Eesti_Ajutine_Maanoukogu, lk 8
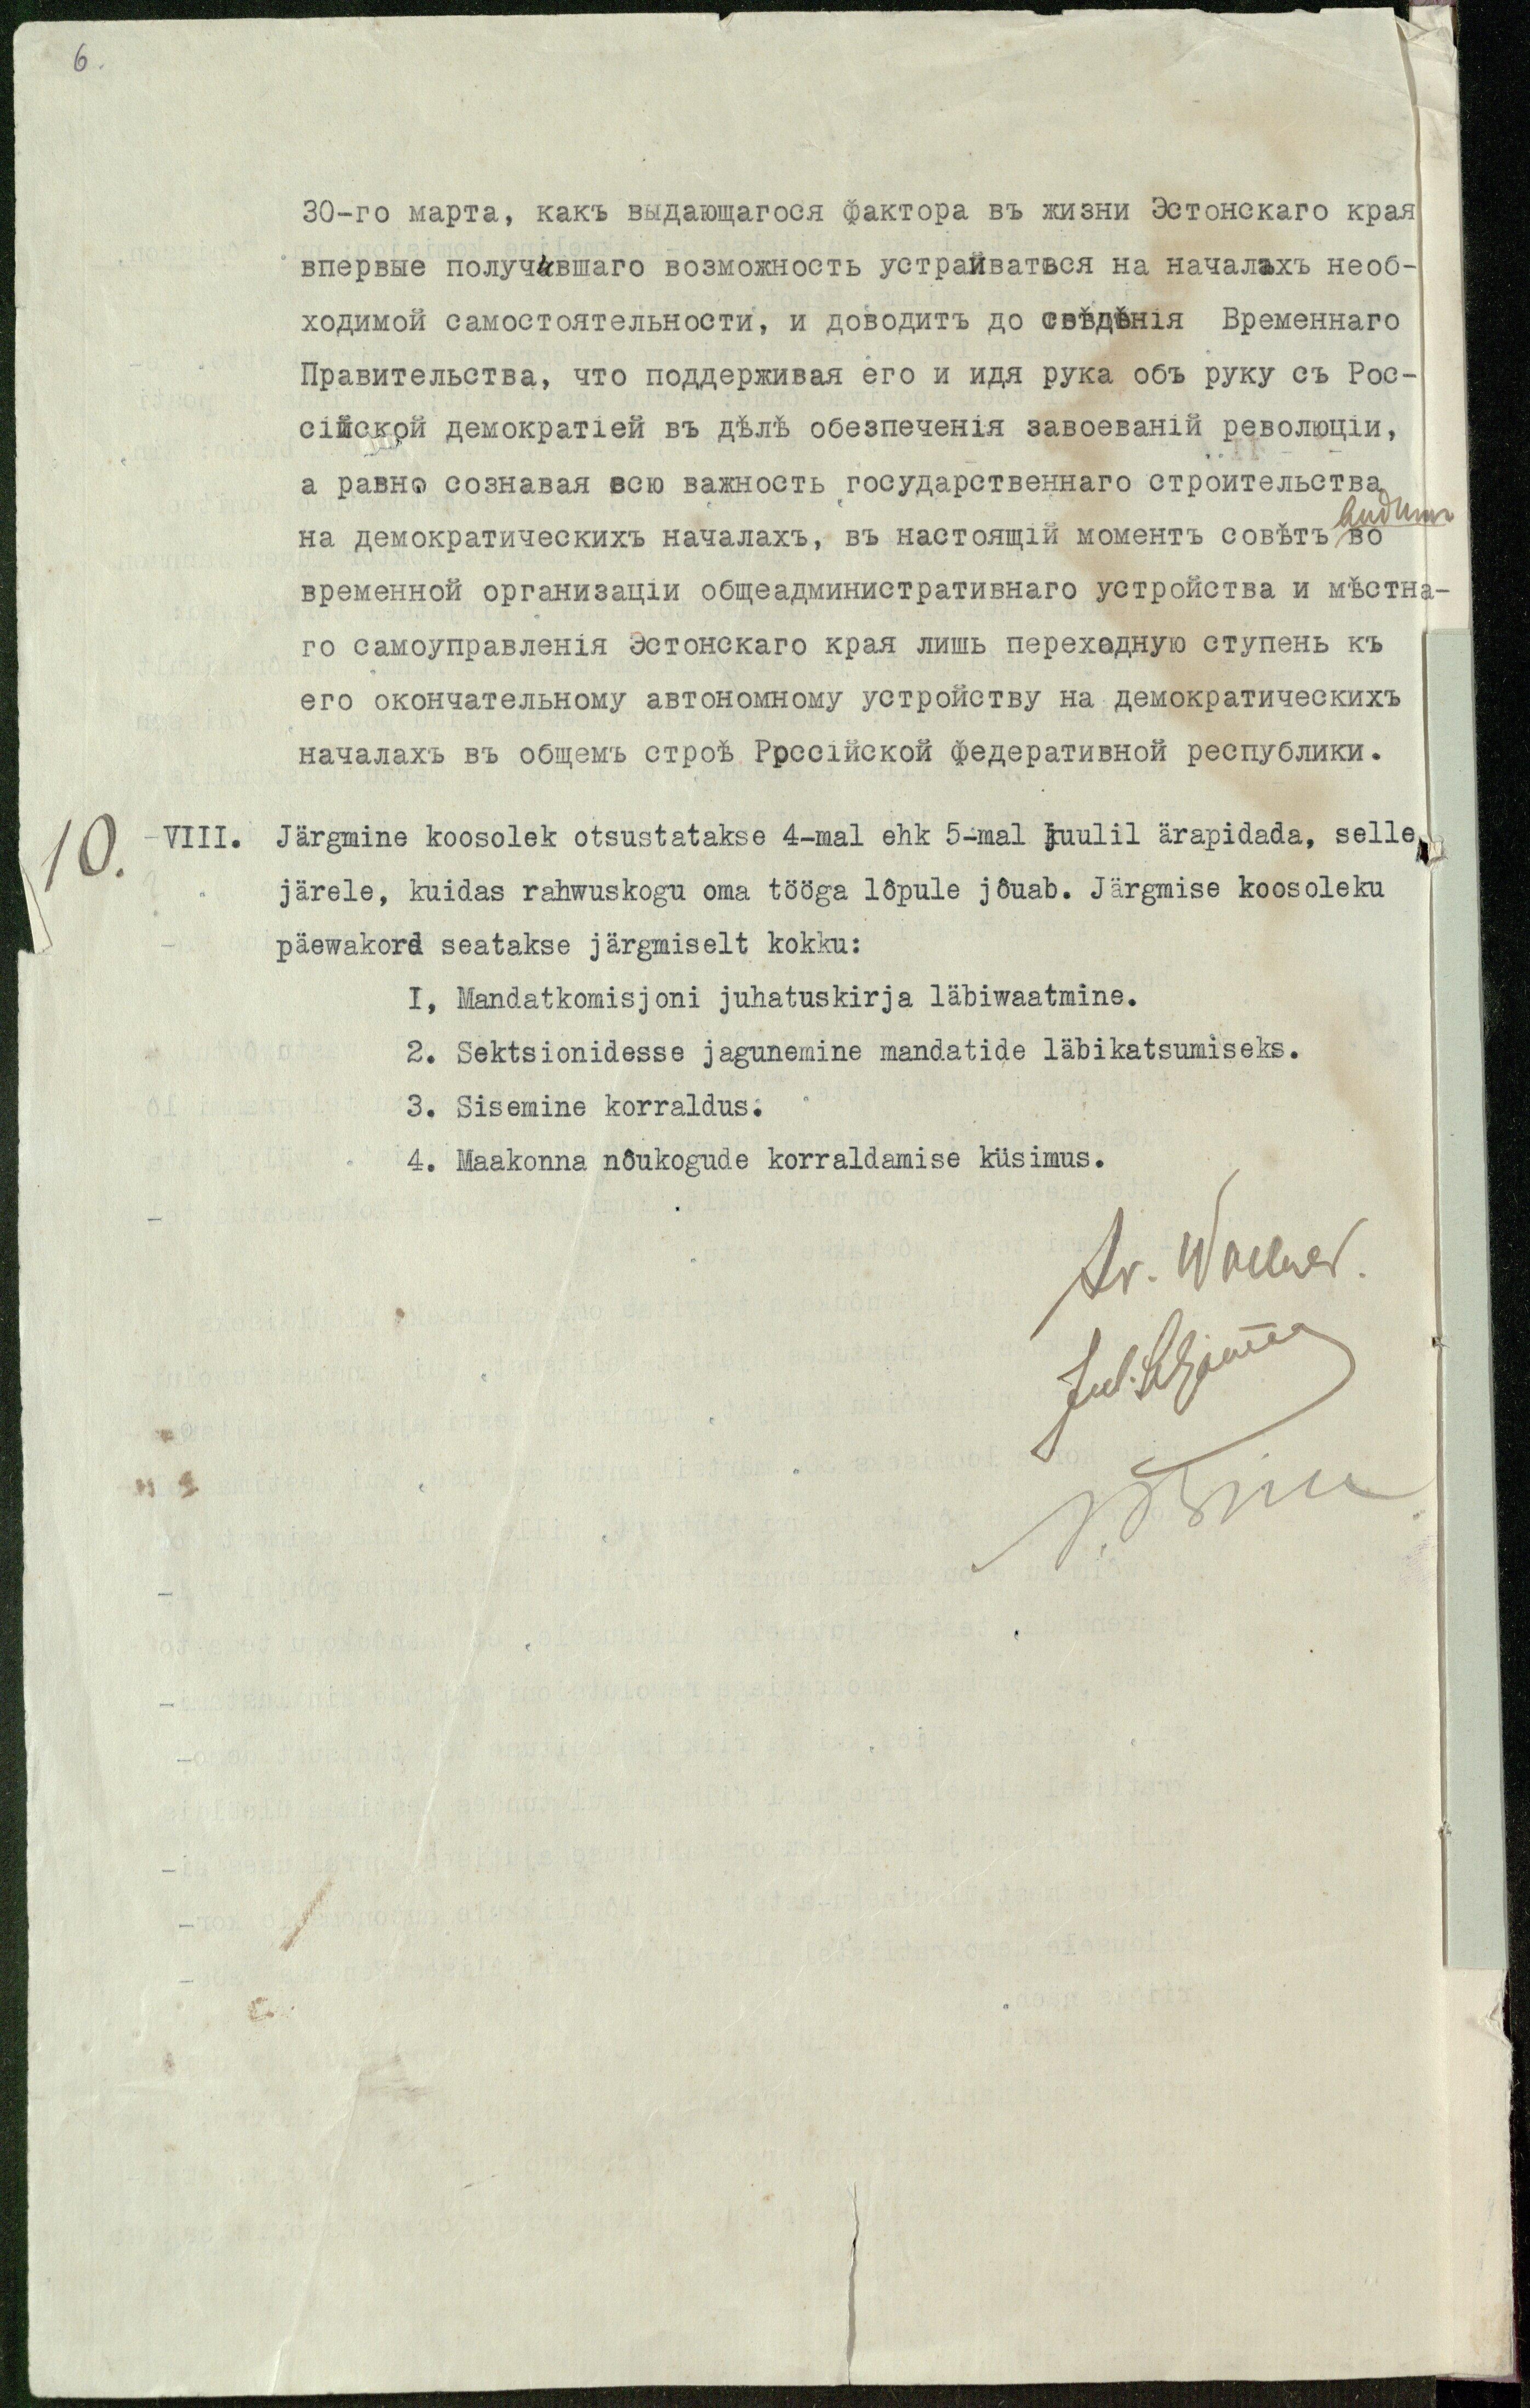
10.
VIII.
Järgmine koosolek otsustatakse 4-mal ehk 5-mal juulil ärapidada, selle
järele, kuidas rahwuskogu oma tööga lõpule jõuab. Järgmise koosoleku
päewakord seatakse järgmiselt kokku:
1, Mandatkomisjoni juhatuskirja läbiwaatmine.
2. Sektsionidesse jagunemine mandatide läbikatsumiseks.
3. Sisemine korraldus.
4. Maakonna nõukogude korraldamise küsimus.
Ar. Wallner
Jul. Seljamaa
A. Birk